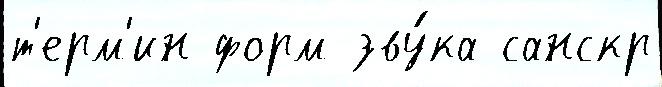
т'ерм'ин форм зву́ка санскр